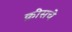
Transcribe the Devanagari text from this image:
क्रीसचे